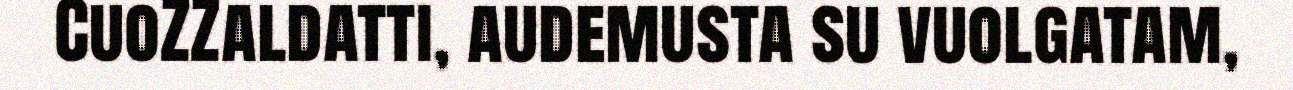
CuoZZaldatti, audemusta su vuolgatam,